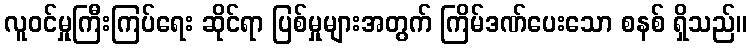
လူဝင်မှုကြီးကြပ်ရေး ဆိုင်ရာ ပြစ်မှုများအတွက် ကြိမ်ဒဏ်ပေးသော စနစ် ရှိသည်။